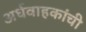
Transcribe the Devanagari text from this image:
अर्धवाहकांची